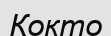
Кокто